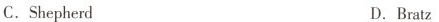
C. Shepherd D.Bratz